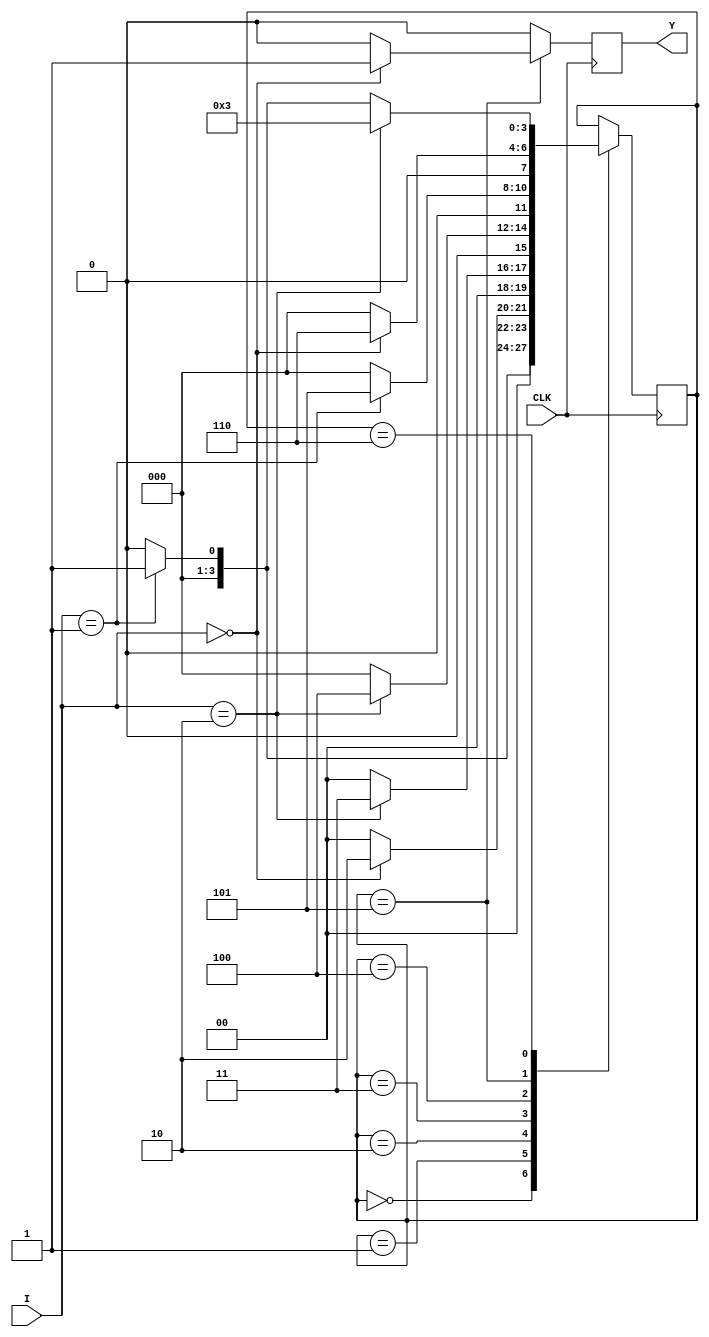
// SB : Task 1 B : Finite State Machine
/*
Instructions
-------------------
Students are not allowed to make any changes in the Module declaration.
This file is used to design a Finite State Machine.

Recommended Quartus Version : 19.1
The submitted project file must be 19.1 compatible as the evaluation will be done on Quartus Prime Lite 19.1.

Warning: The error due to compatibility will not be entertained.
			Do not make any changes to Test_Bench_Vector.txt file. Violating will result into Disqualification.
-------------------
*/

//Finite State Machine design
//Inputs  : I (4 bit) and CLK (clock)
//Output  : Y (Y = 1 when 102210 sequence(decimal number sequence) is detected)

//////////////////DO NOT MAKE ANY CHANGES IN MODULE//////////////////
module fsm(
	input CLK,			  //Clock
	input [3:0]I,       //INPUT I
	output	  Y		  //OUTPUT Y
);

reg Y1 = 0;
assign Y = Y1;



////////////////////////WRITE YOUR CODE FROM HERE//////////////////// 
	

// Tip : Write your code such that Quartus Generates a State Machine 
//			(Tools > Netlist Viewers > State Machine Viewer).
// 		For doing so, you will have to properly declare State Variables of the
//       State Machine and also perform State Assignments correctly.
//			Use Verilog case statement to design.



localparam s1 = 4'd0 , 
			  s2 = 4'd1 ,
			  s3 = 4'd2 , 
			  s4 = 4'd3 ,
			  s5 = 4'd4 ,
			  s6 = 4'd5 ,
			  s7 = 4'd6 ;
			  
reg [3:0] cs = s1 ;  // cs ---> Current State 

			  
always @(posedge CLK)

begin 

   Y1 = 0 ;
	
case (cs)

	
	s1 :
	if (I == 4'b01) begin cs = s2 ; end 
	else begin cs = s1 ; end 
	
	s2 :
	if (I == 4'b00) begin cs = s3 ; end 
	else begin cs = s1 ; end 
	
	s3 :
	if (I == 4'b10) begin cs = s4 ; end 
	else begin cs = s1 ; end 
	
	s4 :
	if (I == 4'b10) begin cs = s5 ; end 
	else begin cs = s1 ; end 
	
	s5 :
	if (I == 4'b01) begin cs = s6 ; end 
	else begin cs = s1 ; end 
	
	s6 :
	if (I == 4'b00) begin cs = s7 ; Y1 = 1 ; end 
	else begin cs = s1 ; end 
	
	s7 :
	if ( I == 4'b10) begin cs = s4 ; end 
	else if (I == 4'b01) begin cs = s2 ; end 
	else begin cs = s1 ; end 
	
	
	
	
endcase
end 
////////////////////////YOUR CODE ENDS HERE//////////////////////////
endmodule
///////////////////////////////MODULE ENDS///////////////////////////